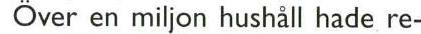
Över en miljon hushåll hade re-